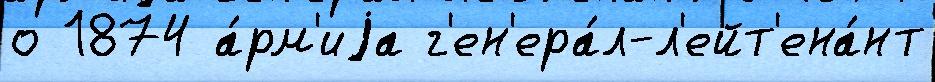
о 1874 а́рм'иjа г'ен'ера́л-л'ейт'ена́нт